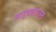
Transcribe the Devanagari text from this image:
मार्बलटाउन